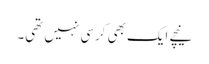
نیچے ایک بھی کرسی نہیں تھی۔